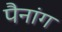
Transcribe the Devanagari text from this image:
पैनांग